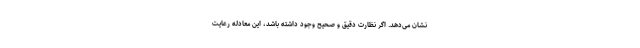
نشان می‌دهد. اگر نظارت دقیق و صحیح وجود داشته باشد، این معادله رعایت